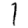
Digit: 1